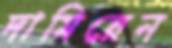
দামিয়েন